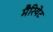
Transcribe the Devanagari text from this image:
मैरियेट